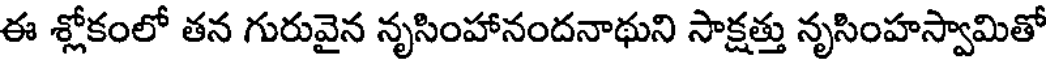
ఈ శ్లోకంలో తన గురువైన నృసింహానందనాథుని సాక్షత్తు నృసింహస్వామితో